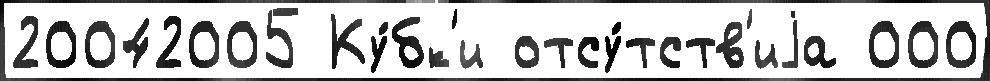
20042005 Ку́бк'и отсу́тств'иjа 000